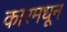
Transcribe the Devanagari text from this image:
कारमधून